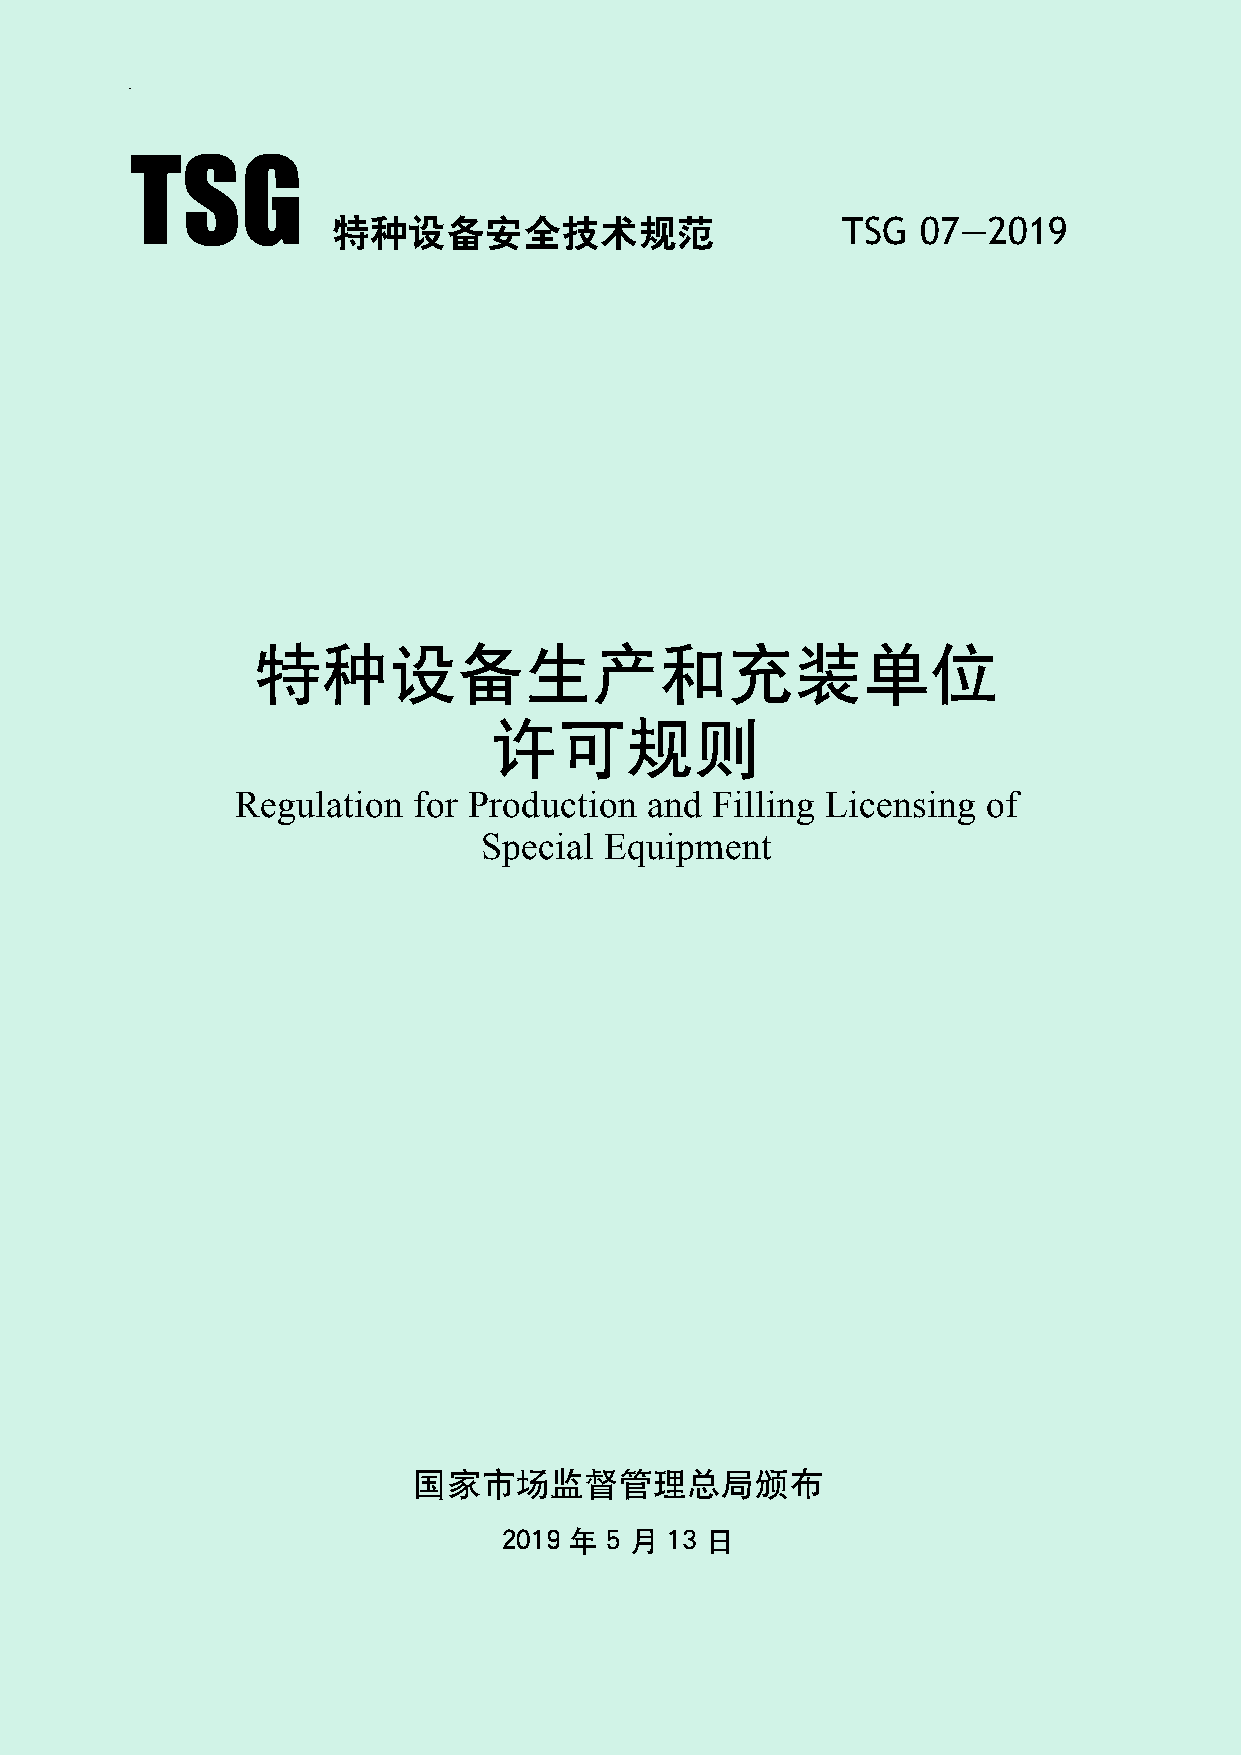
TSG
 特种设备安全技术规范                        TSG  07—2019
 特种设备生产和充装单位
 许可规则
 Regulation for Production  and Filling Licensing of
 Special Equipment
 国家市场监督管理总局颁布
 2019 年 5 月 13 日